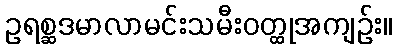
ဥရစ္ဆဒမာလာမင်းသမီးဝတ္ထုအကျဉ်း။